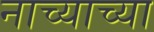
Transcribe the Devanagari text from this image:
नाच्याच्या